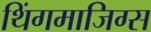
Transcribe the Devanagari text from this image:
थिंगमाजिग्स